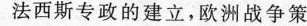
法西斯专政的建立，欧洲战争策